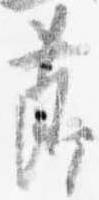
節